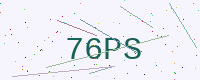
Text: 76PS